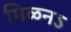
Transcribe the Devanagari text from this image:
मिळनऽ